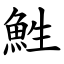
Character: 鮏